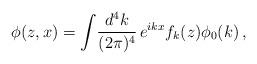
LaTeX: \begin{align*}\phi (z, x) = \int\! {d^4 k\over (2\pi )^4}\, e^{i k x} f_k (z)\phi_0(k)\,,\end{align*}